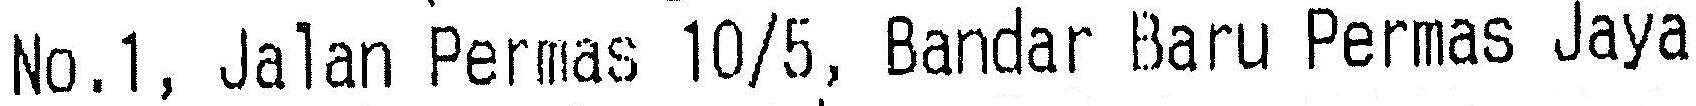
NO.1, JALAN PERMAS 10/5, BANDAR BARU PERMAS JAYA